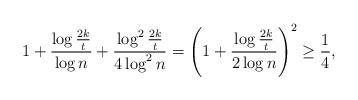
LaTeX: \begin{gather*}1 + \frac{\log\frac{2k}{t}}{\log n} + \frac{\log^2 \frac{2k}{t}}{4 \log^2 n } = \left(1 + \frac{\log \frac{2k}{t }}{2\log n}\right)^2 \ge \frac{1}{4},\end{gather*}